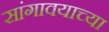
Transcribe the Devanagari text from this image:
सांगावयाच्या